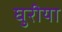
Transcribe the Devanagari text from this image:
घुरीया